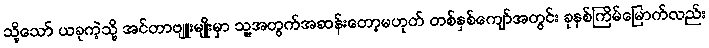
သို့သော် ယခုကဲ့သို့ အင်တာဗျူးမျိုးမှာ သူ့အတွက်အဆန်းတော့မဟုတ် တစ်နှစ်ကျော်အတွင်း ခုနစ်ကြိမ်မြောက်လည်း